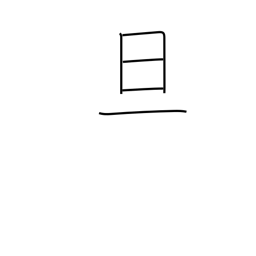
Meaning: dawn